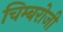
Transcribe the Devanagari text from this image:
चिम्बरोजी